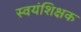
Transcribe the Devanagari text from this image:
स्वयंशिक्षक